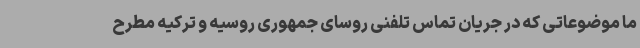
ما موضوعاتی که در جریان تماس تلفنی روسای جمهوری روسیه و ترکیه مطرح